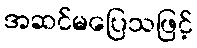
အဆင်မပြေသဖြင့်